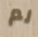
لم